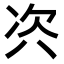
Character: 𭁊